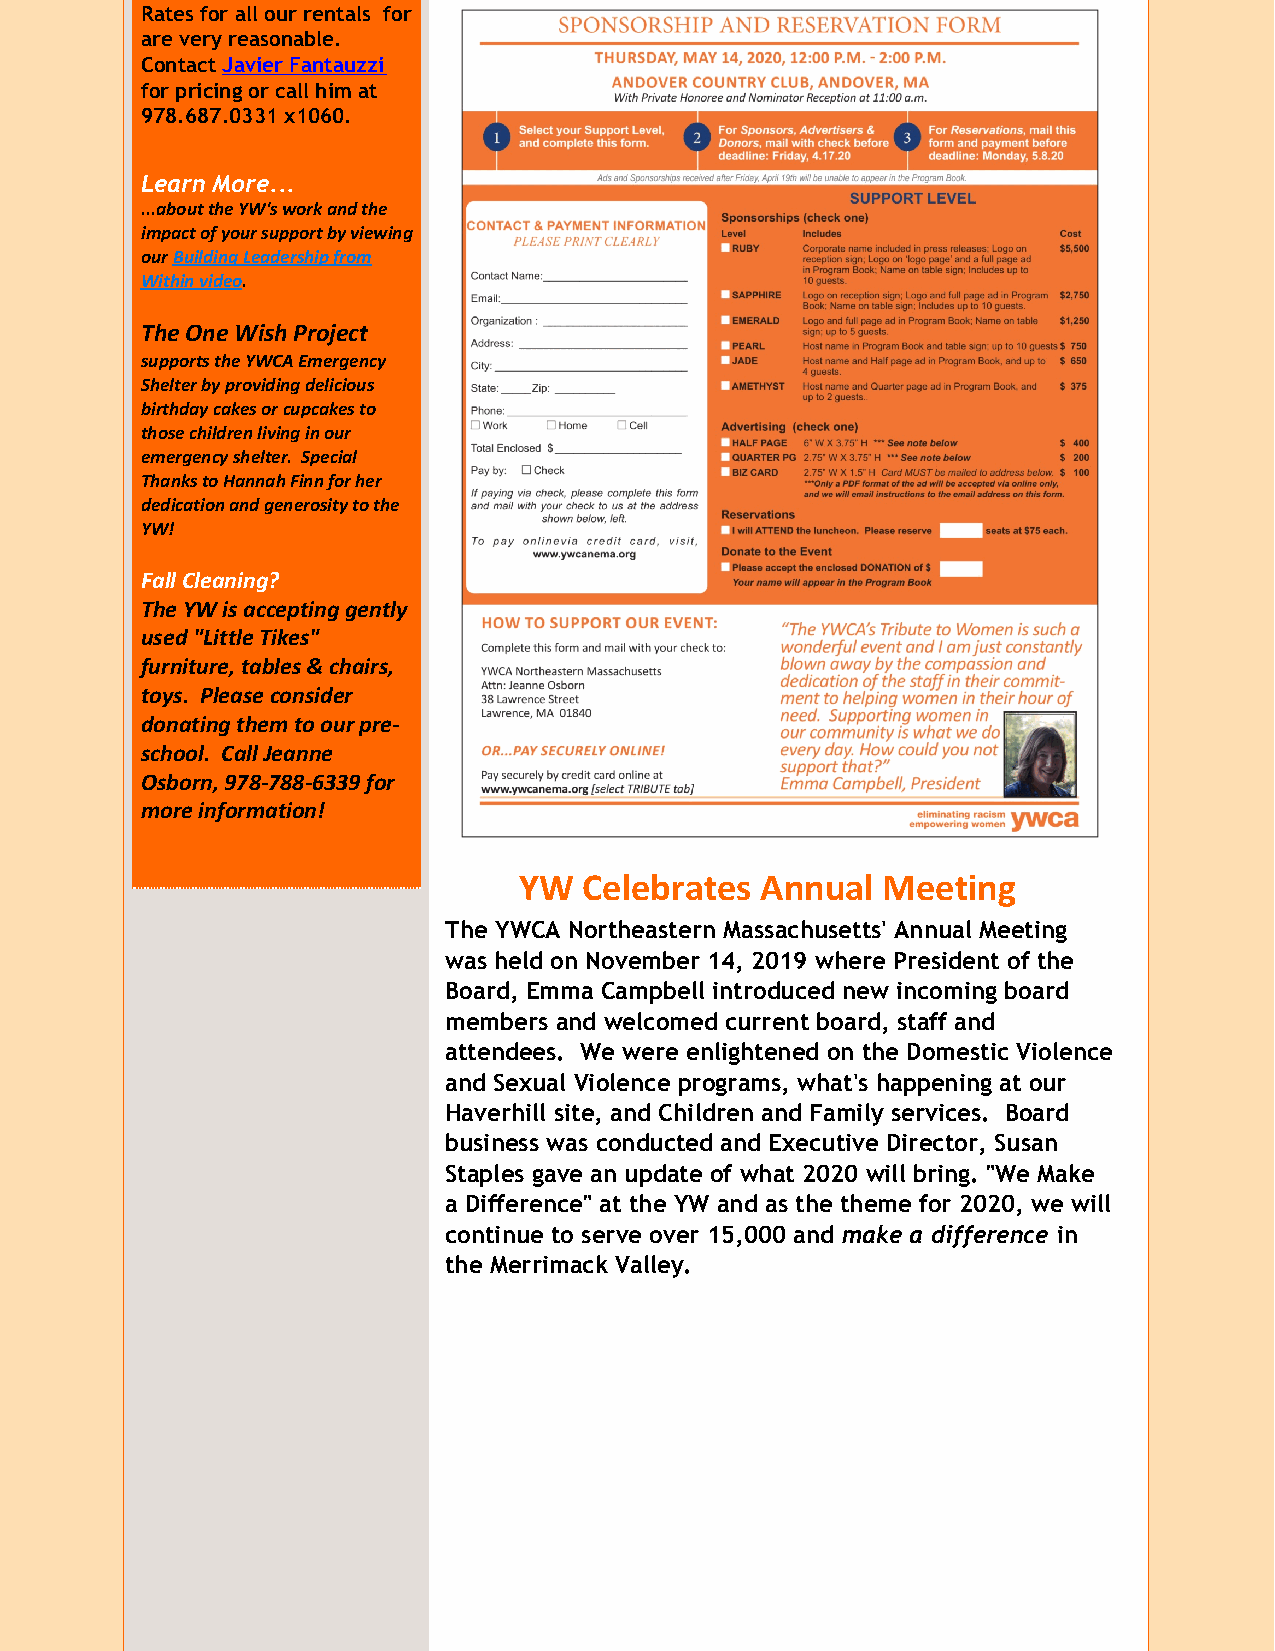
Rates for all our rentals for
 are very reasonable.
 Contact Javier Fantauzzi
 for pricing or call him at
 978.687.0331 x1060.
 Learn More...
 ...about the YW's work and the
 impact of your support by viewing
 our Building Leadership from
 Within video.
 The One Wish Project
 supports the YWCA Emergency
 Shelter by providing delicious
 birthday cakes or cupcakes to
 those children living in our
 emergency shelter. Special
 Thanks to Hannah Finn for her
 dedication and generosity to the
 YW!
 Fall Cleaning?
 The YW is accepting gently
 used "Little Tikes"
 furniture, tables & chairs,
 toys. Please consider
 donating them to our pre-
 school. Call Jeanne
 Osborn, 978-788-6339 for
 more information!
 YW   Celebrates Annual  Meeting
 The YWCA Northeastern Massachusetts' Annual Meeting
 was held on November 14, 2019 where President of the
 Board, Emma Campbell introduced new incoming board
 members and welcomed current board, staff and
 attendees. We were enlightened on the Domestic Violence
 and Sexual Violence programs, what's happening at our
 Haverhill site, and Children and Family services. Board
 business was conducted and Executive Director, Susan
 Staples gave an update of what 2020 will bring. "We Make
 a Difference" at the YW and as the theme for 2020, we will
 continue to serve over 15,000 and make a difference in
 the Merrimack Valley.